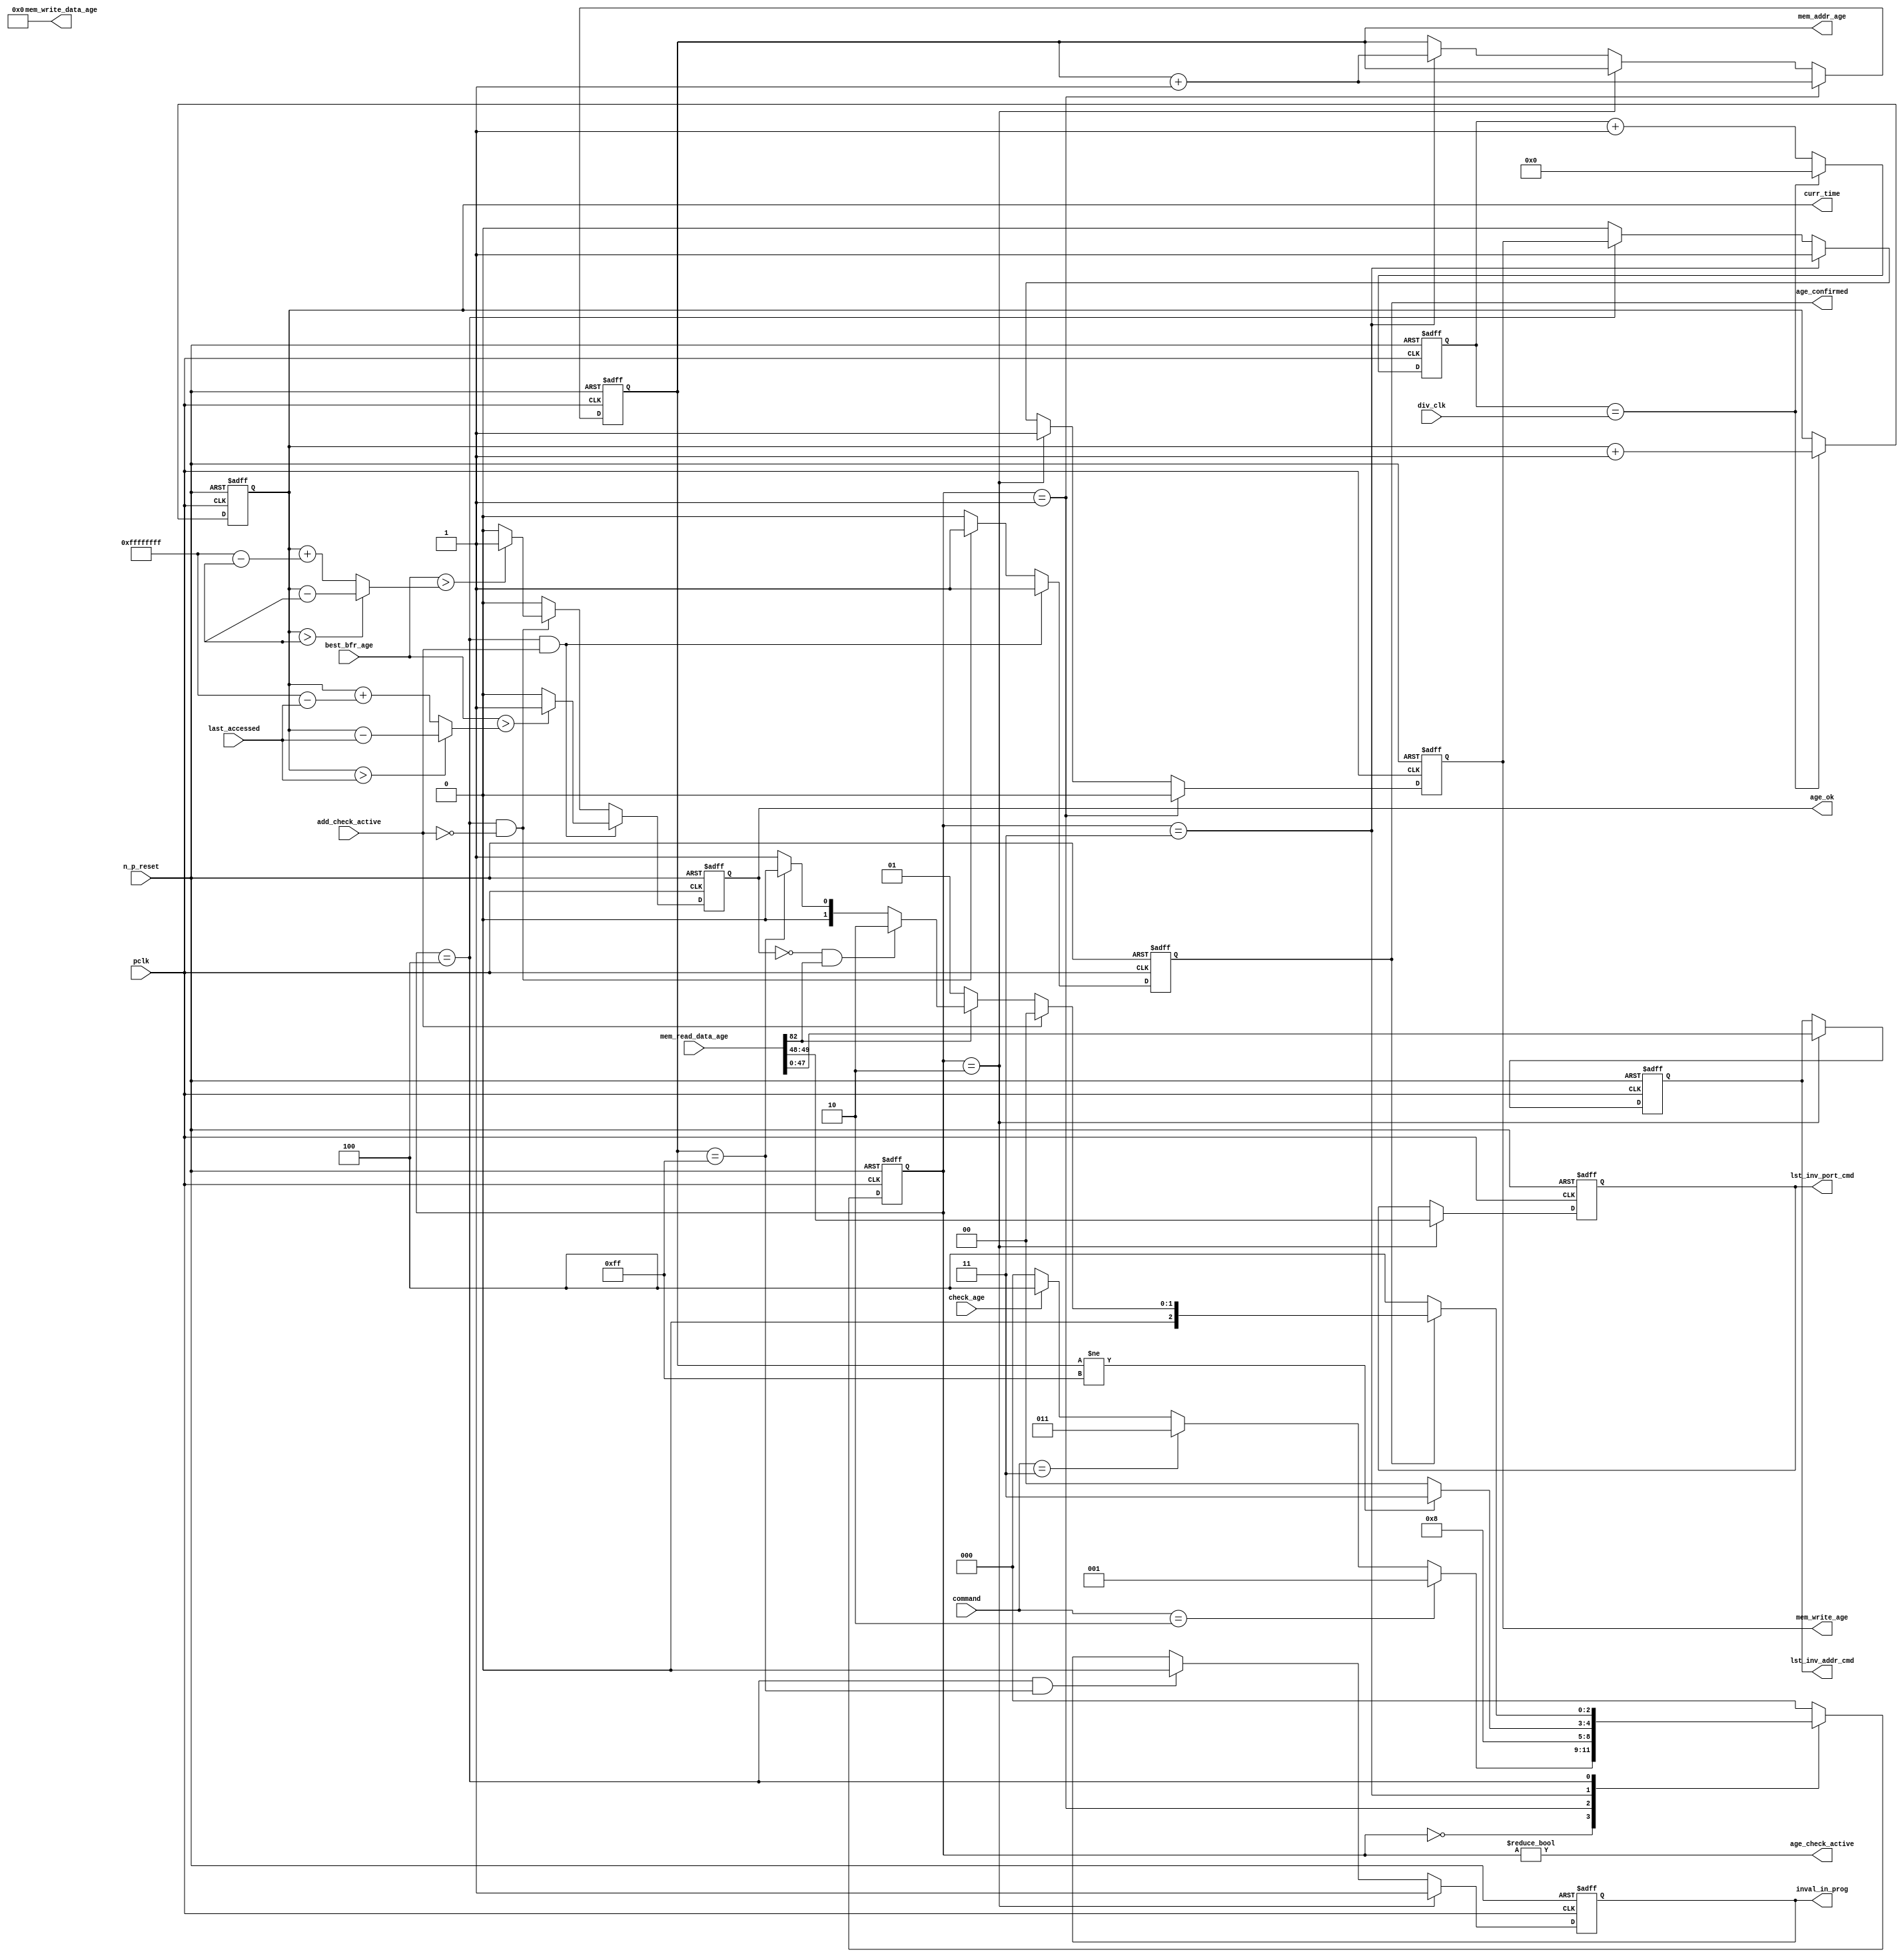
//Title       : 
//Description : 
//Notes       : 
//----------------------------------------------------------------------
//   Copyright 1999-2010 Cadence Design Systems, Inc.
//   All Rights Reserved Worldwide
//
//   Licensed under the Apache License, Version 2.0 (the
//   "License"); you may not use this file except in
//   compliance with the License.  You may obtain a copy of
//   the License at
//
//       http://www.apache.org/licenses/LICENSE-2.0
//
//   Unless required by applicable law or agreed to in
//   writing, software distributed under the License is
//   distributed on an "AS IS" BASIS, WITHOUT WARRANTIES OR
//   CONDITIONS OF ANY KIND, either express or implied.  See
//   the License for the specific language governing
//   permissions and limitations under the License.
//----------------------------------------------------------------------

module alut_age_checker
(   
   // Inputs
   pclk,
   n_p_reset,
   command,          
   div_clk,          
   mem_read_data_age,
   check_age,        
   last_accessed, 
   best_bfr_age,   
   add_check_active,

   // outputs
   curr_time,         
   mem_addr_age,      
   mem_write_age,     
   mem_write_data_age,
   lst_inv_addr_cmd,    
   lst_inv_port_cmd,  
   age_confirmed,     
   age_ok,
   inval_in_prog,  
   age_check_active          
);   

   input               pclk;               // APB clock                           
   input               n_p_reset;          // Reset                               
   input [1:0]         command;            // command bus                        
   input [7:0]         div_clk;            // clock divider value
   input [82:0]        mem_read_data_age;  // read data from memory             
   input               check_age;          // request flag for age check
   input [31:0]        last_accessed;      // time field sent for age check
   input [31:0]        best_bfr_age;       // best before age
   input               add_check_active;   // active flag from address checker

   output [31:0]       curr_time;          // current time,for storing in mem    
   output [7:0]        mem_addr_age;       // address for R/W to memory     
   output              mem_write_age;      // R/W flag (write = high)            
   output [82:0]       mem_write_data_age; // write data for memory             
   output [47:0]       lst_inv_addr_cmd;   // last invalidated addr normal op    
   output [1:0]        lst_inv_port_cmd;   // last invalidated port normal op    
   output              age_confirmed;      // validates age_ok result 
   output              age_ok;             // age checker result - set means in-date
   output              inval_in_prog;      // invalidation in progress
   output              age_check_active;   // bit 0 of status register           

   reg  [2:0]          age_chk_state;      // age checker FSM current state
   reg  [2:0]          nxt_age_chk_state;  // age checker FSM next state
   reg  [7:0]          mem_addr_age;     
   reg                 mem_write_age;    
   reg                 inval_in_prog;      // invalidation in progress
   reg  [7:0]          clk_div_cnt;        // clock divider counter
   reg  [31:0]         curr_time;          // current time,for storing in mem  
   reg                 age_confirmed;      // validates age_ok result 
   reg                 age_ok;             // age checker result - set means in-date
   reg [47:0]          lst_inv_addr_cmd;   // last invalidated addr normal op    
   reg [1:0]           lst_inv_port_cmd;   // last invalidated port normal op    

   wire  [82:0]        mem_write_data_age;
   wire  [31:0]        last_accessed_age;  // read back time by age checker
   wire  [31:0]        time_since_lst_acc_age;  // time since last accessed age
   wire  [31:0]        time_since_lst_acc; // time since last accessed address
   wire                age_check_active;   // bit 0 of status register           

// Parameters for Address Checking FSM states
   parameter idle           = 3'b000;
   parameter inval_aged_rd  = 3'b001;
   parameter inval_aged_wr  = 3'b010;
   parameter inval_all      = 3'b011;
   parameter age_chk        = 3'b100;

   parameter max_addr       = 8'hff;
   parameter max_cnt        = 32'hffff_ffff;

// -----------------------------------------------------------------------------
//   Generate current time counter
// -----------------------------------------------------------------------------
always @ (posedge pclk or negedge n_p_reset)
   begin
   if (~n_p_reset)
      clk_div_cnt <= 8'd0;
   else if (clk_div_cnt == div_clk)
      clk_div_cnt <= 8'd0; 
   else 
      clk_div_cnt <= clk_div_cnt + 1'd1;
   end


always @ (posedge pclk or negedge n_p_reset)
   begin
   if (~n_p_reset)
      curr_time <= 32'd0;
   else if (clk_div_cnt == div_clk)
      curr_time <= curr_time + 1'd1;
   end


// -----------------------------------------------------------------------------
//   Age checker State Machine 
// -----------------------------------------------------------------------------
always @ (command or check_age or age_chk_state or age_confirmed or age_ok or
          mem_addr_age or mem_read_data_age[82])
   begin
      case (age_chk_state)
      
      idle:
         if (command == 2'b10)
            nxt_age_chk_state = inval_aged_rd;
         else if (command == 2'b11)
            nxt_age_chk_state = inval_all;
         else if (check_age)
            nxt_age_chk_state = age_chk;
         else
            nxt_age_chk_state = idle;

      inval_aged_rd:
            nxt_age_chk_state = age_chk;

      inval_aged_wr:
            nxt_age_chk_state = idle;

      inval_all:
         if (mem_addr_age != max_addr)
            nxt_age_chk_state = inval_all;  // move onto next address
         else
            nxt_age_chk_state = idle;

      age_chk:
         if (age_confirmed)
            begin
            if (add_check_active)                     // age check for addr chkr
               nxt_age_chk_state = idle;
            else if (~mem_read_data_age[82])      // invalid, check next location
               nxt_age_chk_state = inval_aged_rd; 
            else if (~age_ok & mem_read_data_age[82]) // out of date, clear 
               nxt_age_chk_state = inval_aged_wr;
            else if (mem_addr_age == max_addr)    // full check completed
               nxt_age_chk_state = idle;     
            else 
               nxt_age_chk_state = inval_aged_rd; // age ok, check next location 
            end       
         else
            nxt_age_chk_state = age_chk;

      default:
            nxt_age_chk_state = idle;
      endcase
   end



always @ (posedge pclk or negedge n_p_reset)
   begin
   if (~n_p_reset)
      age_chk_state <= idle;
   else
      age_chk_state <= nxt_age_chk_state;
   end


// -----------------------------------------------------------------------------
//   Generate memory RW bus for accessing array when requested to invalidate all
//   aged addresses and all addresses.
// -----------------------------------------------------------------------------
always @ (posedge pclk or negedge n_p_reset)
   begin
   if (~n_p_reset)
   begin
      mem_addr_age <= 8'd0;     
      mem_write_age <= 1'd0;    
   end
   else if (age_chk_state == inval_aged_rd)  // invalidate aged read
   begin
      mem_addr_age <= mem_addr_age + 1'd1;     
      mem_write_age <= 1'd0;    
   end
   else if (age_chk_state == inval_aged_wr)  // invalidate aged read
   begin
      mem_addr_age <= mem_addr_age;     
      mem_write_age <= 1'd1;    
   end
   else if (age_chk_state == inval_all)  // invalidate all
   begin
      mem_addr_age <= mem_addr_age + 1'd1;     
      mem_write_age <= 1'd1;    
   end
   else if (age_chk_state == age_chk)
   begin
      mem_addr_age <= mem_addr_age;     
      mem_write_age <= mem_write_age;    
   end
   else 
   begin
      mem_addr_age <= mem_addr_age;     
      mem_write_age <= 1'd0;    
   end
   end

// age checker will only ever write zero values to ALUT mem
assign mem_write_data_age = 83'd0;



// -----------------------------------------------------------------------------
//   Generate invalidate in progress flag (bit 1 of status register)
// -----------------------------------------------------------------------------
always @ (posedge pclk or negedge n_p_reset)
   begin
   if (~n_p_reset)
      inval_in_prog <= 1'd0;
   else if (age_chk_state == inval_aged_wr) 
      inval_in_prog <= 1'd1;
   else if ((age_chk_state == age_chk) & (mem_addr_age == max_addr))
      inval_in_prog <= 1'd0;
   else
      inval_in_prog <= inval_in_prog;
   end


// -----------------------------------------------------------------------------
//   Calculate whether data is still in date.  Need to work out the real time
//   gap between current time and last accessed.  If this gap is greater than
//   the best before age, then the data is out of date. 
// -----------------------------------------------------------------------------
assign time_since_lst_acc = (curr_time > last_accessed) ? 
                            (curr_time - last_accessed) :  // no cnt wrapping
                            (curr_time + (max_cnt - last_accessed));

assign time_since_lst_acc_age = (curr_time > last_accessed_age) ? 
                                (curr_time - last_accessed_age) : // no wrapping
                                (curr_time + (max_cnt - last_accessed_age));


always @ (posedge pclk or negedge n_p_reset)
   begin
   if (~n_p_reset)
      begin
      age_ok <= 1'b0;
      age_confirmed <= 1'b0;
      end
   else if ((age_chk_state == age_chk) & add_check_active) 
      begin                                       // age checking for addr chkr
      if (best_bfr_age > time_since_lst_acc)      // still in date
         begin
         age_ok <= 1'b1;
         age_confirmed <= 1'b1;
         end
      else   // out of date
         begin
         age_ok <= 1'b0;
         age_confirmed <= 1'b1;
         end
      end
   else if ((age_chk_state == age_chk) & ~add_check_active)
      begin                                      // age checking for inval aged
      if (best_bfr_age > time_since_lst_acc_age) // still in date
         begin
         age_ok <= 1'b1;
         age_confirmed <= 1'b1;
         end
      else   // out of date
         begin
         age_ok <= 1'b0;
         age_confirmed <= 1'b1;
         end
      end
   else
      begin
      age_ok <= 1'b0;
      age_confirmed <= 1'b0;
      end
   end



// -----------------------------------------------------------------------------
//   Generate last address and port that was cleared in the invalid aged process
// -----------------------------------------------------------------------------
always @ (posedge pclk or negedge n_p_reset)
   begin
   if (~n_p_reset)
      begin
      lst_inv_addr_cmd <= 48'd0;
      lst_inv_port_cmd <= 2'd0;
      end
   else if (age_chk_state == inval_aged_wr)
      begin
      lst_inv_addr_cmd <= mem_read_data_age[47:0];
      lst_inv_port_cmd <= mem_read_data_age[49:48];
      end
   else 
      begin
      lst_inv_addr_cmd <= lst_inv_addr_cmd;
      lst_inv_port_cmd <= lst_inv_port_cmd;
      end
   end


// -----------------------------------------------------------------------------
//   Set active bit of status, decoded off age_chk_state
// -----------------------------------------------------------------------------
assign age_check_active = (age_chk_state != 3'b000);

endmodule